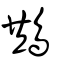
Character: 䳍